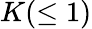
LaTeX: K(\le 1)